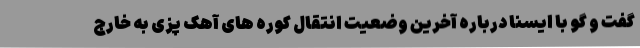
گفت و گو با ایسنا درباره آخرین وضعیت انتقال کوره های آهک پزی به خارج